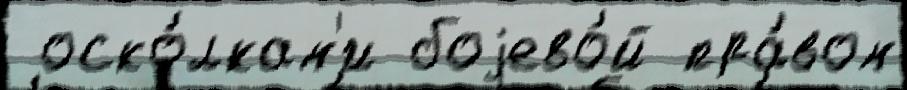
 оско́лкам'и боjево́й пра́вом